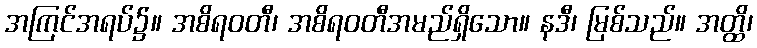
အကြင်အရပ်၌။ အစိရဝတီ၊ အစိရဝတီအမည်ရှိသော။ နဒီ၊ မြစ်သည်။ အတ္ထိ၊